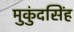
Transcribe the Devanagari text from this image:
मुकुंदसिंह